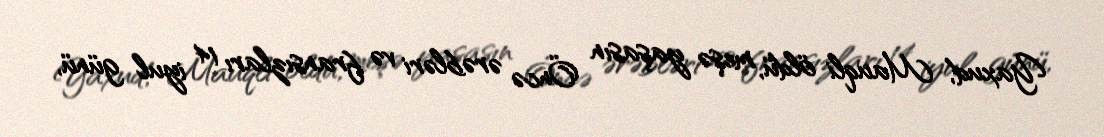
Yaxud, Mauqli öldü, meşə yaşasın Öncə ərəbləri və fransızları 14 iyul günü,